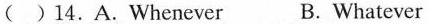
( )14.A.Whenever B. Whatever